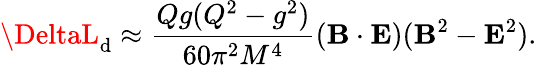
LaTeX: \DeltaL_{\mathrm{d}}\approx\frac{{Qg(Q^{2}-g^{2})}}{{60\pi^{2}M^{4}}}({\mathbf{B}}\cdot{\mathbf{E}})({\mathbf{B}}^{2}-{\mathbf{E}}^{2}).